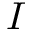
I